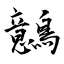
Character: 鷾